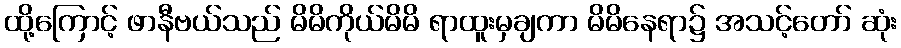
ထို့ကြောင့် ဖာနီဗယ်သည် မိမိကိုယ်မိမိ ရာထူးမှချကာ မိမိနေရာ၌ အသင့်တော် ဆုံး